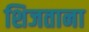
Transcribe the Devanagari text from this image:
शिजताना